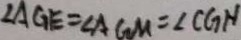
\angle A G E = \angle A G M = \angle C G N